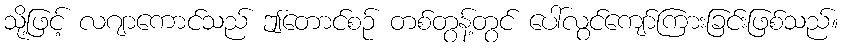
သို့ဖြင့် လဂျာကောင်သည် ဤတောင်စဉ် တစ်တွန့်တွင် ပေါ်လွင်ကျော်ကြားခြင်းဖြစ်သည်။